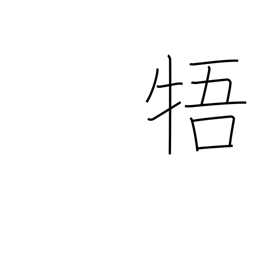
Meaning: be contrary to